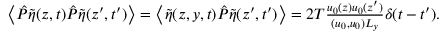
\begin{array} { r } { \left\langle \hat { P } \tilde { \eta } ( z , t ) \hat { P } \tilde { \eta } ( z ^ { \prime } , t ^ { \prime } ) \right\rangle = \left\langle \tilde { \eta } ( z , y , t ) \hat { P } \tilde { \eta } ( z ^ { \prime } , t ^ { \prime } ) \right\rangle = 2 T \frac { u _ { 0 } ( z ) u _ { 0 } ( z ^ { \prime } ) } { ( u _ { 0 } , u _ { 0 } ) L _ { y } } \delta ( t - t ^ { \prime } ) . } \end{array}